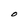
Character: O